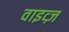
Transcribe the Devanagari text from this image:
वाइव्ज़